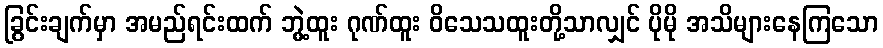
ခြွင်းချက်မှာ အမည်ရင်းထက် ဘွဲ့ထူး ဂုဏ်ထူး ဝိသေသထူးတို့သာလျှင် ပိုမို အသိများနေကြသော